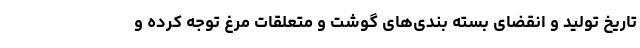
تاریخ تولید و انقضای بسته بندی‌های گوشت و متعلقات مرغ توجه کرده و